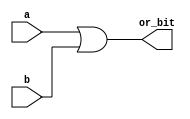
`timescale 1ns/1ps
// 2 Input OR gate for the ALU
// (output,input)

module ALU_OR (or_bit,a,b);

  output [31:0] or_bit;
  input [31:0] a,b;
	
  assign or_bit = (a|b);
	
endmodule